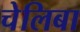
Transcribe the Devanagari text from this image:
चेलिबा